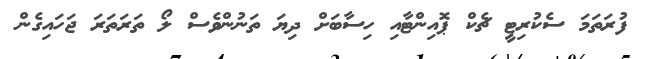
ފުރަތަމަ ސެކުރިޓީ ޗެކް ޕޮއިންޓާއި ހިސާބަށް ދިޔަ ތަނުންވެސް ލޯ ތަރަތަރަ ޖަހައިގެން